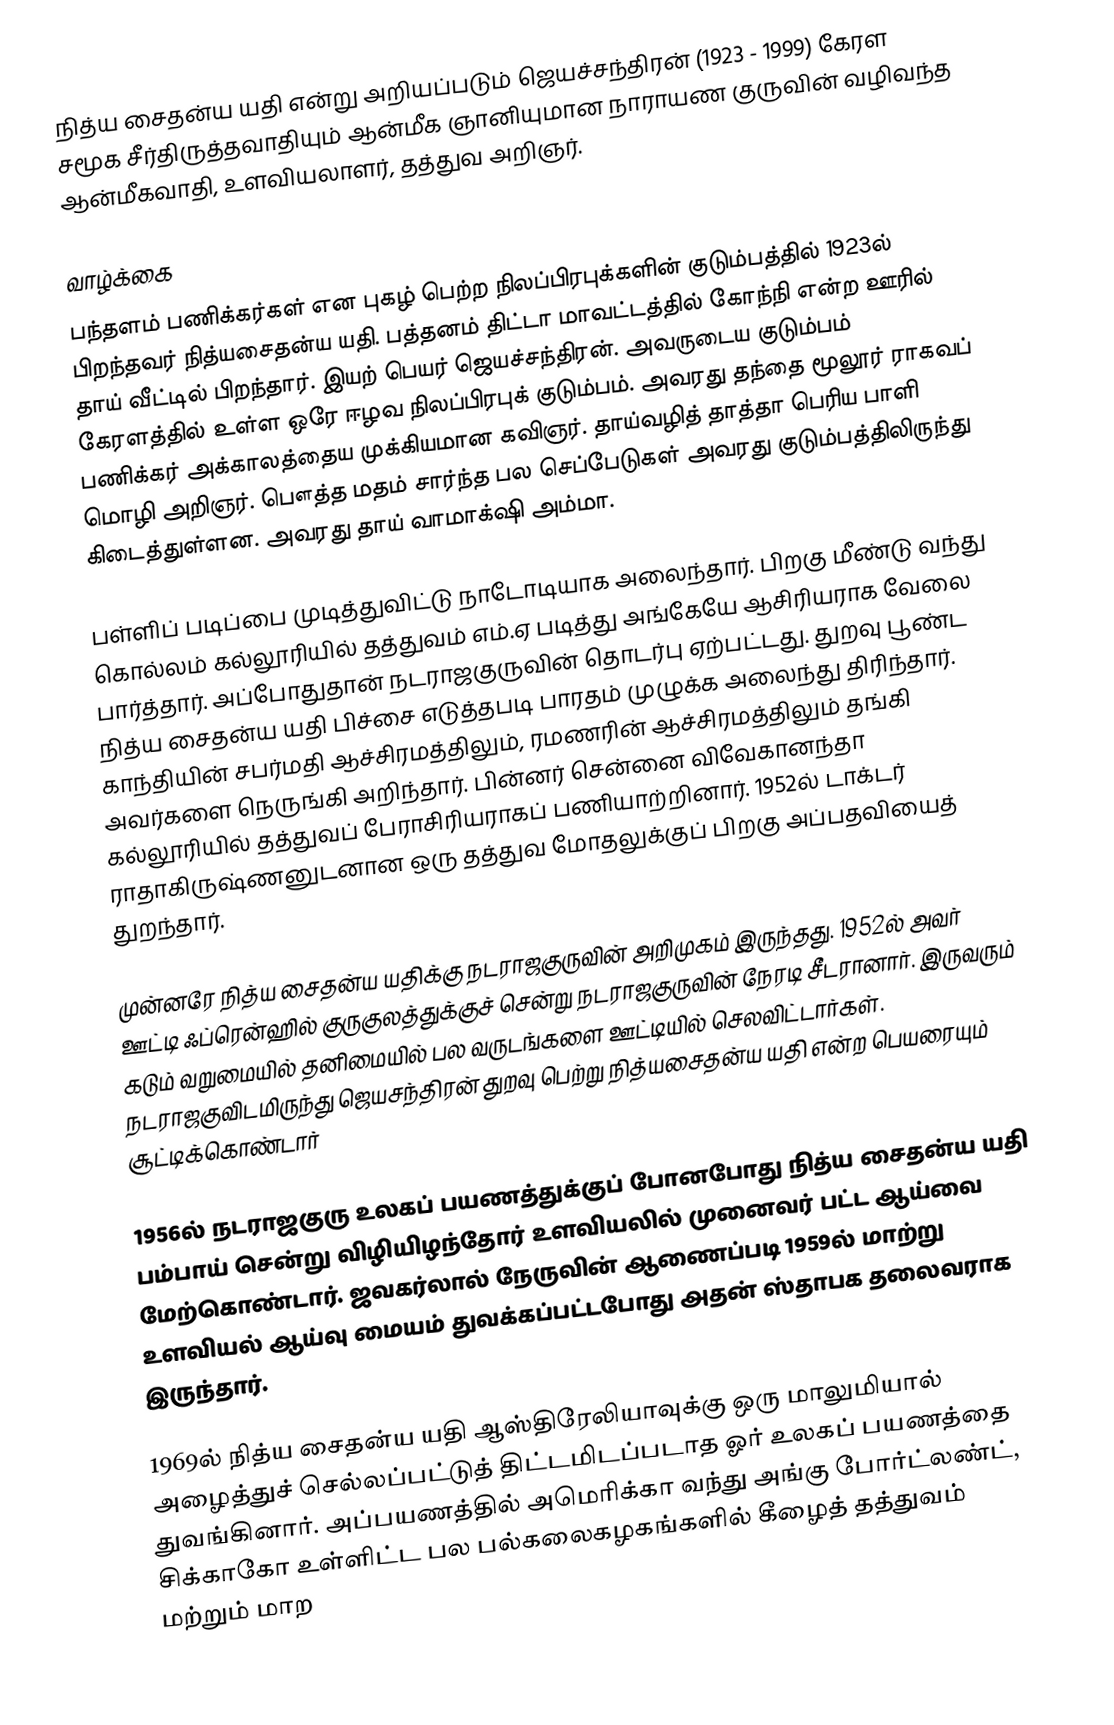
நித்ய சைதன்ய யதி என்று அறியப்படும் ஜெயச்சந்திரன் (1923 - 1999) கேரள சமூக சீர்திருத்தவாதியும் ஆன்மீக ஞானியுமான நாராயண குருவின் வழிவந்த ஆன்மீகவாதி, உளவியலாளர், தத்துவ அறிஞர்.

வாழ்க்கை
பந்தளம் பணிக்கர்கள் என புகழ் பெற்ற நிலப்பிரபுக்களின் குடும்பத்தில் 1923ல் பிறந்தவர் நித்யசைதன்ய யதி. பத்தனம் திட்டா மாவட்டத்தில் கோந்நி என்ற ஊரில் தாய் வீட்டில் பிறந்தார். இயற் பெயர் ஜெயச்சந்திரன். அவருடைய குடும்பம் கேரளத்தில் உள்ள ஒரே ஈழவ நிலப்பிரபுக் குடும்பம்.  அவரது தந்தை மூலூர் ராகவப் பணிக்கர் அக்காலத்தைய முக்கியமான கவிஞர். தாய்வழித் தாத்தா பெரிய பாளி மொழி அறிஞர்.  பௌத்த மதம் சார்ந்த பல செப்பேடுகள் அவரது குடும்பத்திலிருந்து கிடைத்துள்ளன. அவரது தாய் வாமாக்‌ஷி அம்மா.

பள்ளிப் படிப்பை முடித்துவிட்டு நாடோடியாக அலைந்தார். பிறகு மீண்டு வந்து கொல்லம் கல்லூரியில் தத்துவம் எம்.ஏ படித்து அங்கேயே ஆசிரியராக வேலை பார்த்தார். அப்போதுதான் நடராஜகுருவின் தொடர்பு ஏற்பட்டது. துறவு பூண்ட நித்ய சைதன்ய யதி பிச்சை எடுத்தபடி பாரதம் முழுக்க அலைந்து திரிந்தார். காந்தியின் சபர்மதி ஆச்சிரமத்திலும், ரமணரின் ஆச்சிரமத்திலும் தங்கி அவர்களை நெருங்கி அறிந்தார். பின்னர் சென்னை விவேகானந்தா கல்லூரியில் தத்துவப் பேராசிரியராகப் பணியாற்றினார்.  1952ல் டாக்டர் ராதாகிருஷ்ணனுடனான ஒரு தத்துவ மோதலுக்குப் பிறகு அப்பதவியைத் துறந்தார்.

முன்னரே நித்ய சைதன்ய யதிக்கு நடராஜகுருவின் அறிமுகம் இருந்தது. 1952ல் அவர் ஊட்டி ஃப்ரென்ஹில் குருகுலத்துக்குச் சென்று நடராஜகுருவின் நேரடி சீடரானார். இருவரும் கடும் வறுமையில் தனிமையில் பல வருடங்களை ஊட்டியில் செலவிட்டார்கள். நடராஜகுவிடமிருந்து ஜெயசந்திரன் துறவு பெற்று நித்யசைதன்ய யதி என்ற பெயரையும் சூட்டிக்கொண்டார்

1956ல் நடராஜகுரு உலகப் பயணத்துக்குப் போனபோது நித்ய சைதன்ய யதி பம்பாய் சென்று விழியிழந்தோர் உளவியலில் முனைவர் பட்ட ஆய்வை மேற்கொண்டார். ஜவகர்லால் நேருவின் ஆணைப்படி 1959ல் மாற்று உளவியல் ஆய்வு மையம் துவக்கப்பட்டபோது அதன் ஸ்தாபக தலைவராக இருந்தார்.

1969ல் நித்ய சைதன்ய யதி ஆஸ்திரேலியாவுக்கு ஒரு மாலுமியால் அழைத்துச் செல்லப்பட்டுத் திட்டமிடப்படாத ஓர் உலகப் பயணத்தை துவங்கினார்.  அப்பயணத்தில் அமெரிக்கா வந்து அங்கு போர்ட்லண்ட்,  சிக்காகோ உள்ளிட்ட பல பல்கலைகழகங்களில் கீழைத் தத்துவம் மற்றும் மாற